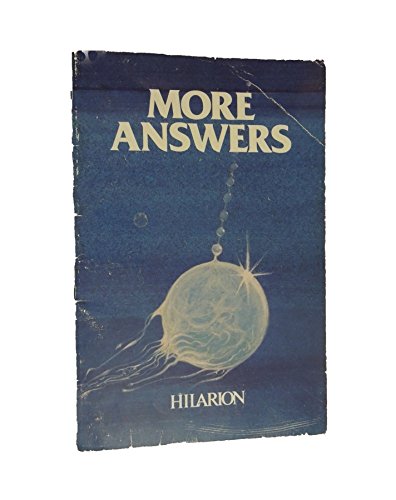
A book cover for More Answers; Anonymous; Health, Fitness & Dieting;